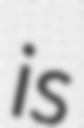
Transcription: is